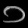
Digit: ၁